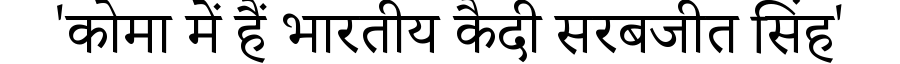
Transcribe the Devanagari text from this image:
'कोमा में हैं भारतीय कैदी सरबजीत सिंह'